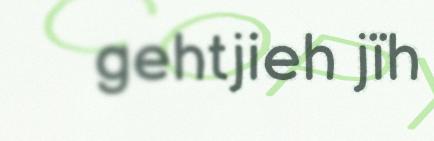
gehtjieh jïh